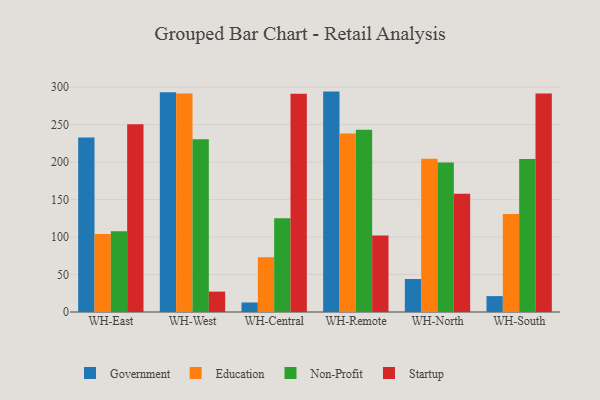
{"axis": {"x": "Warehouse", "y": "Inventory Turnover"}, "legend": ["Education", "Government", "Non-Profit", "Startup"], "data": [{"x": "WH-East", "y": 233.0, "type": "Government"}, {"x": "WH-East", "y": 104.1, "type": "Education"}, {"x": "WH-East", "y": 107.7, "type": "Non-Profit"}, {"x": "WH-East", "y": 250.6, "type": "Startup"}, {"x": "WH-West", "y": 293.1, "type": "Government"}, {"x": "WH-West", "y": 291.6, "type": "Education"}, {"x": "WH-West", "y": 230.5, "type": "Non-Profit"}, {"x": "WH-West", "y": 27.2, "type": "Startup"}, {"x": "WH-Central", "y": 12.7, "type": "Government"}, {"x": "WH-Central", "y": 73.0, "type": "Education"}, {"x": "WH-Central", "y": 125.1, "type": "Non-Profit"}, {"x": "WH-Central", "y": 291.1, "type": "Startup"}, {"x": "WH-Remote", "y": 294.1, "type": "Government"}, {"x": "WH-Remote", "y": 238.3, "type": "Education"}, {"x": "WH-Remote", "y": 243.1, "type": "Non-Profit"}, {"x": "WH-Remote", "y": 102.1, "type": "Startup"}, {"x": "WH-North", "y": 44.0, "type": "Government"}, {"x": "WH-North", "y": 204.6, "type": "Education"}, {"x": "WH-North", "y": 199.5, "type": "Non-Profit"}, {"x": "WH-North", "y": 157.9, "type": "Startup"}, {"x": "WH-South", "y": 21.2, "type": "Government"}, {"x": "WH-South", "y": 130.7, "type": "Education"}, {"x": "WH-South", "y": 204.2, "type": "Non-Profit"}, {"x": "WH-South", "y": 291.6, "type": "Startup"}]}